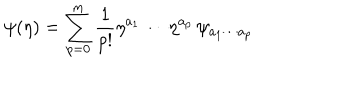
LaTeX: \psi ( \eta ) = \sum _ { p = 0 } ^ { m } \frac { 1 } { p ! } \eta ^ { a _ { 1 } } \cdots \eta ^ { a _ { p } } \, \psi _ { a _ { 1 } \cdots a _ { p } }